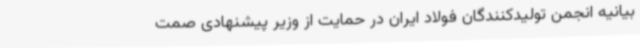
بیانیه انجمن تولیدکنندگان فولاد ایران در حمایت از وزیر پیشنهادی صمت